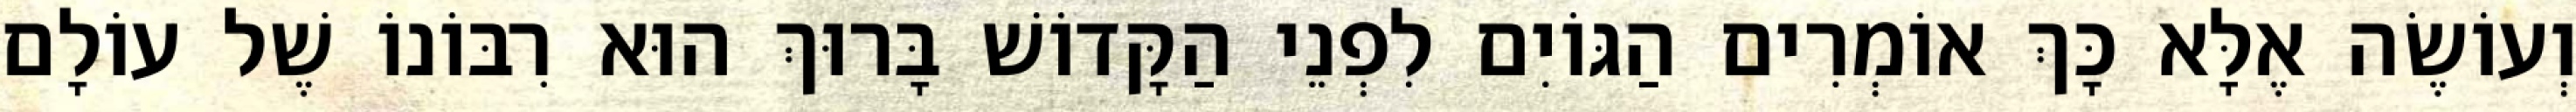
וְעוֹשֶׂה אֶלָּא כָּךְ אוֹמְרִים הַגּוֹיִם לִפְנֵי הַקָּדוֹשׁ בָּרוּךְ הוּא רִבּוֹנוֹ שֶׁל עוֹלָם